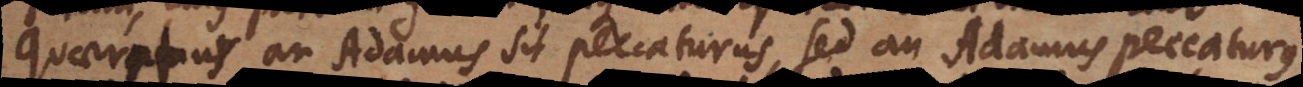
quaeratur an Adamus sit peccaturus, sed an Adamus peccaturus